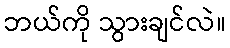
ဘယ်ကို သွားချင်လဲ။